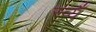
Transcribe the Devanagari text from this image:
स्व्यँ